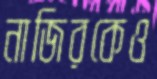
নাজিরকেও